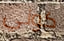
كوني